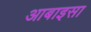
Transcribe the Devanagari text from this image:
आबाइसा